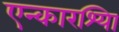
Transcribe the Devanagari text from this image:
एन्कारश्यिा